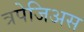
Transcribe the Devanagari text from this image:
त्रपेजिअस